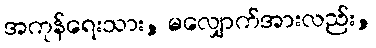
အကုန်ရေးသား, မလျှောက်အားလည်း,